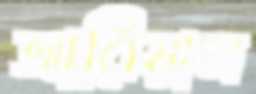
আরিয়াল